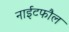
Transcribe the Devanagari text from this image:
नाईटफौल